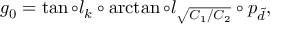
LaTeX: g _ { 0 } = \tan \circ l _ { k } \circ \arctan \circ l _ { \sqrt { C _ { 1 } / C _ { 2 } } } \circ p _ { \tilde { d } } ,